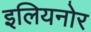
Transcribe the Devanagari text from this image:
इलियनोर